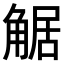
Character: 𧣻